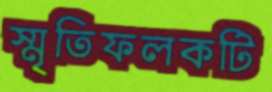
স্মৃতিফলকটি